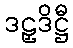
ဒဠှဒိဋ္ဌီ